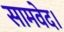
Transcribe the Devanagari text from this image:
सामवेद।